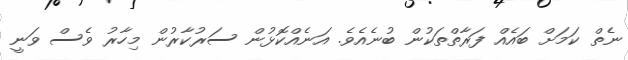
ނެތް ކަމަށް ބައެއް ފަރާތްތަކުން ބުނެއެވެ. އަނެއްކޮޅުން ސަރުކާރުން މިހާރު ވެސް ވަނީ